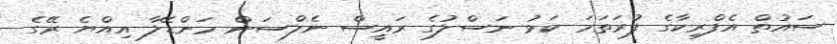
ސައުތް އެފްރިކާގެ ފުރަތަމަ ކަޅު ނަސްލުގެ ރައީސް ނެލްސަން މަންޑޭލާ އިއްޔެ ރޭގެ